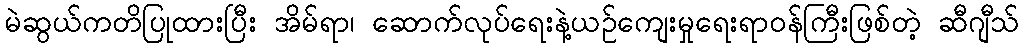
မဲဆွယ်ကတိပြုထားပြီး အိမ်ရာ၊ ဆောက်လုပ်ရေးနဲ့ယဉ်ကျေးမှုရေးရာဝန်ကြီးဖြစ်တဲ့ ဆီဂျီသ်